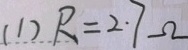
( 1 ) R = 2 . 7 \Omega